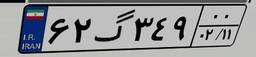
۳۹گ۴۲۵۹۵